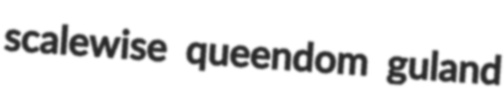
scalewise queendom guland